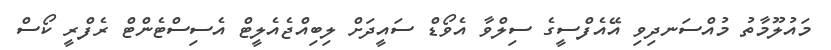
މައުލޫމާތު މުއްސަނދިވި އޭއެފްސީގެ ސިލްވާ އެވޯޑް ސައީދަށް ލިބިއްޖެއެލީޓް އެސިސްޓެންޓް ރެފްރީ ކޯސް